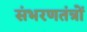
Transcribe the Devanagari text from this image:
संभरणतंत्रों